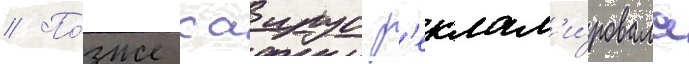
// По́зже саирус р'еклам'и́ровала